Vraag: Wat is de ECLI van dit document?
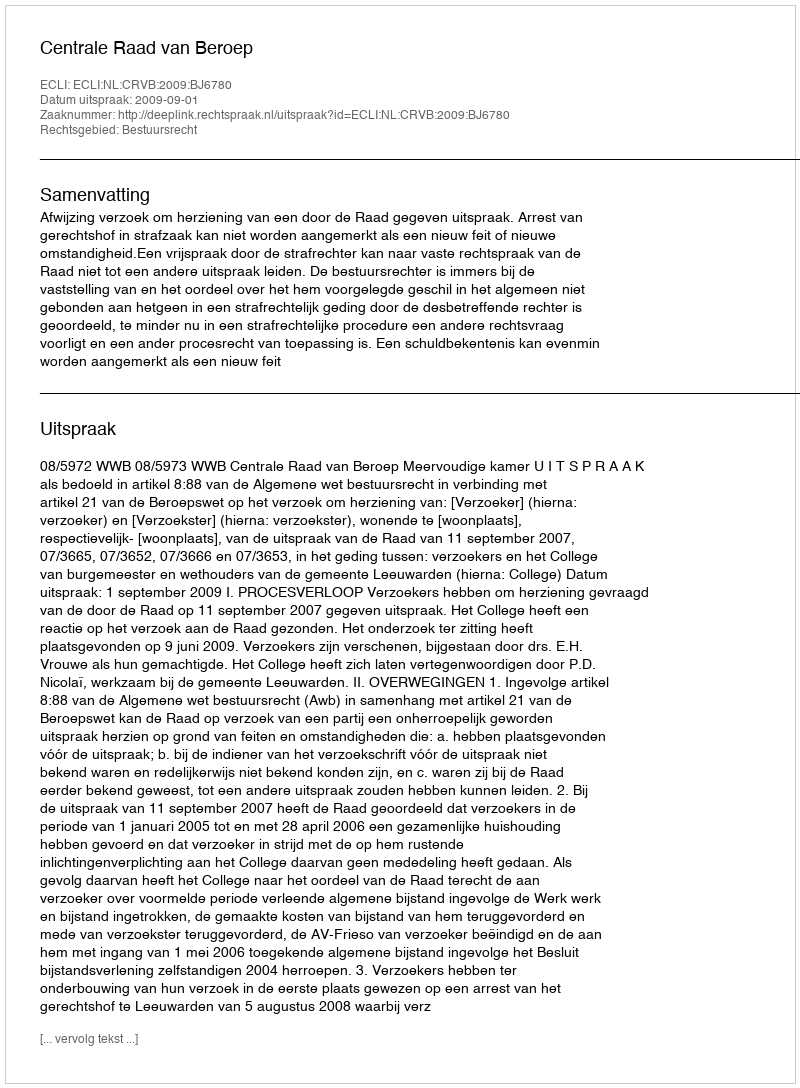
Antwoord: ECLI:NL:CRVB:2009:BJ6780